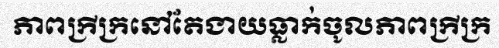
ភាពក្រីក្រនៅតែងាយធ្លាក់ចូលភាពក្រីក្រ